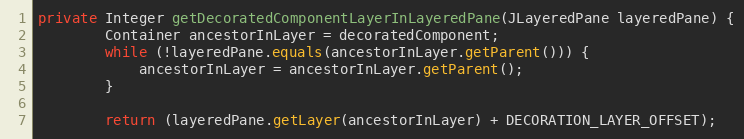
Language: Java
private Integer getDecoratedComponentLayerInLayeredPane(JLayeredPane layeredPane) {
        Container ancestorInLayer = decoratedComponent;
        while (!layeredPane.equals(ancestorInLayer.getParent())) {
            ancestorInLayer = ancestorInLayer.getParent();
        }

        return (layeredPane.getLayer(ancestorInLayer) + DECORATION_LAYER_OFFSET);